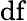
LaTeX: \mathrm{df}